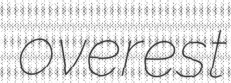
overest